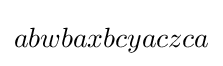
abwbaxbcyaczca